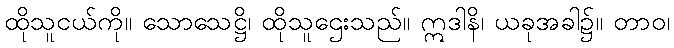
ထိုသူငယ်ကို။ သောသေဋ္ဌိ၊ ထိုသူဌေးသည်။ ဣဒါနိ၊ ယခုအခါ၌။ တာဝ၊